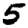
Digit: 5